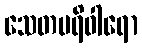
သေတပရိဝါရော